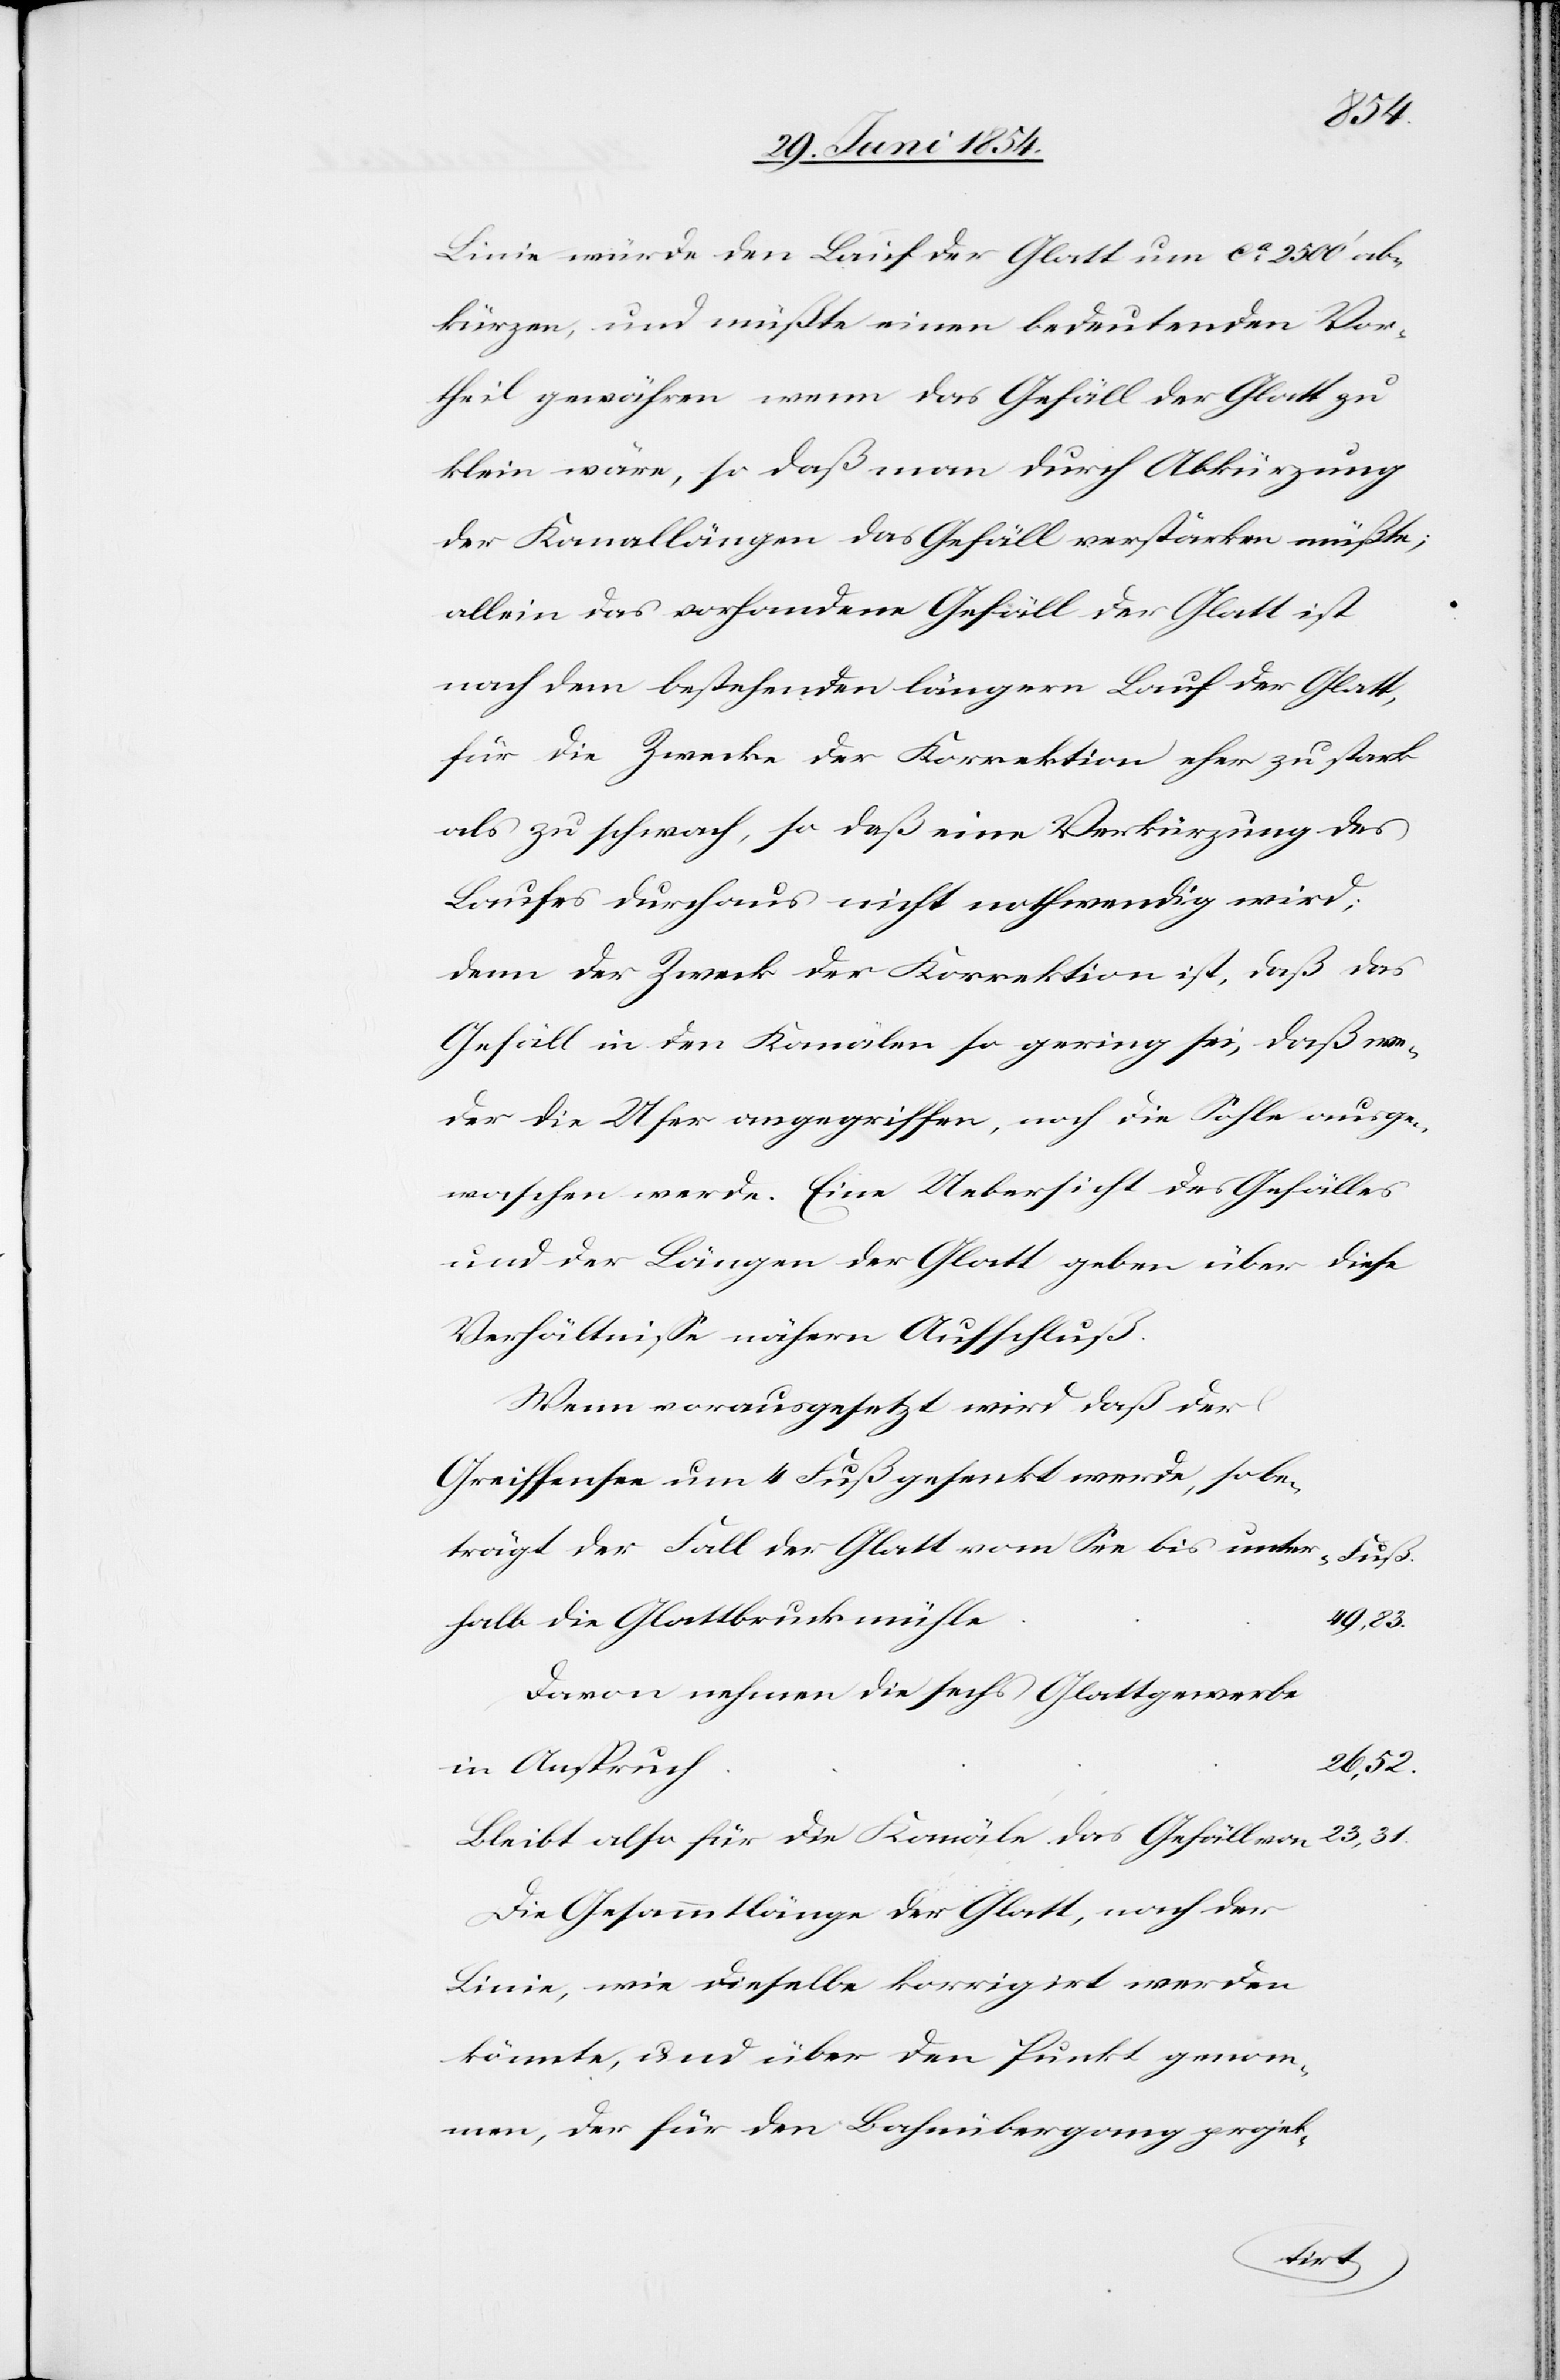
Linie würde den Lauf der Glatt um ca 25000‘ ab¬
kürzen, und müßte einen bedeutenden Vor¬
theil gewähren wenn das Gefäll der Glatt zu
klein wäre, so daß man durch Abkürzung
der Kanallängen das Gefäll verstärken müßte;
allein das vorhandene Gefäll der Glatt ist
nach dem bestehenden längern Lauf der Glatt,
für die Zwecke der Korrektion eher zu stark
als zu schwach, so daß eine Verkürzung des
Laufes durchaus nicht nothwendig wird;
denn der Zweck der Korrektion ist, daß das
Gefäll in den Kanälen so gering sei, daß we¬
der die Ufer angegriffen, noch die Sohle ausge¬
waschen werde. Eine Uebersicht des Gefälles
und der Längen der Glatt geben über diese
Verhältniße nähern Aufschluß.
Wenn vorausgesetzt wird daß der
Greiffensee um 4 Fuß gesenkt werde, so be¬
trägt der Fall der Glatt vom See bis unter¬
halb die Glattbruckmühle
Fuß
Davon nehmen die sechs Glattgewerbe
26,52.
in Anspruch
Bleibt also für die Kanäle das Gefälle von
Die Gesammtlänge der Glatt, nach der
Linie, wie dieselbe korrigirt werden
könnte, und über den Punkt genom¬
men, der für den Bahnübergang projek-